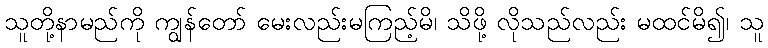
သူတို့နာမည်ကို ကျွန်တော် မေးလည်းမကြည့်မိ၊ သိဖို့ လိုသည်လည်း မထင်မိ၍၊ သူ